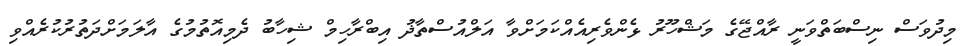
މިދުވަސް ނިސްބަތްވަނީ ރާއްޖޭގެ މަޝްހޫރު ޅެންވެރިއެއްކަމަށްވާ އަލްއުސްތާޛު އިބްރާހިމް ޝިހާބު ދެމިއޮތުމުގެ އާލަމަށްދަތުރުކުރެއްވި